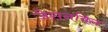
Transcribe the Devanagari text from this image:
जेसनविल